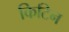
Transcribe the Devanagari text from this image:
किटिन